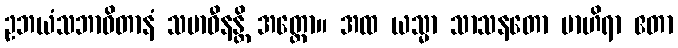
ဥဘယံသဘာဝိတာနံ သမာဓီနန္တိ အတ္ထော။ အထ ယသ္မာ သာသနတော ဗာဟိရာ ဧတာ